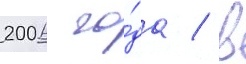
2006 го́да / в